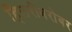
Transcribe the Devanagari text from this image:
हिलरीबरोबर